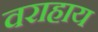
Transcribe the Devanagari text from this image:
वराहाय